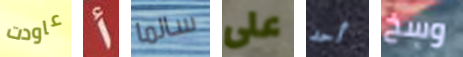
عاودت أ سالما على أحد وسخ